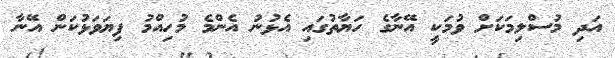
އަދި މުސްލިމަކަށް ވުމަކީ އޭނާގެ ހަޔާތުގައި އެޅުނު އެންމެ މުހިއްމު ފިޔަވަޅުކަން އޭނާ